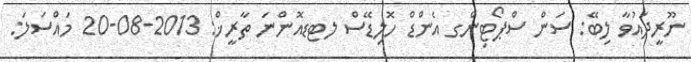
ނޫރީދައުވާ ލިބޭ: ސަން ސްޕޯޓިންގ އެންޑް ހޮލިޑޭސް ލޓޑއޮންނަ ތާރީޚް: 2013-08-20 މައްސަލަ: